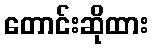
တောင်းဆိုထား